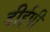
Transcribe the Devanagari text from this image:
डीईपी